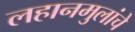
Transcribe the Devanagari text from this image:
लहानमुलांचे